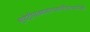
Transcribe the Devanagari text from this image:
धूपोदीपस्तथामाल्यमर्घ्यंदेयंत्वरान्वितैः